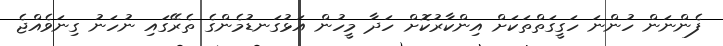
ފެންނަން ހުންނަ ހަގީގަތްތަކަށް އިންކާރުކޮށް ހަދާ މީހުން އަޅުގަނޑުމެންގެ ތެރޭގައި ނުހަނު ގިނަވެއްޖެ